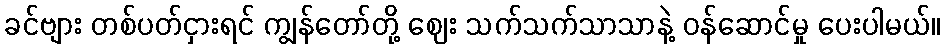
ခင်ဗျား တစ်ပတ်ငှားရင် ကျွန်တော်တို့ ဈေး သက်သက်သာသာနဲ့ ဝန်ဆောင်မှု ပေးပါမယ်။